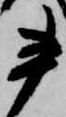
書